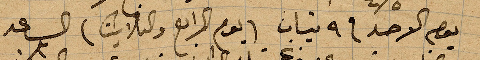
يوم الاحد في ٩ نيسان (يوم الرابع والثلاثين) الساعد